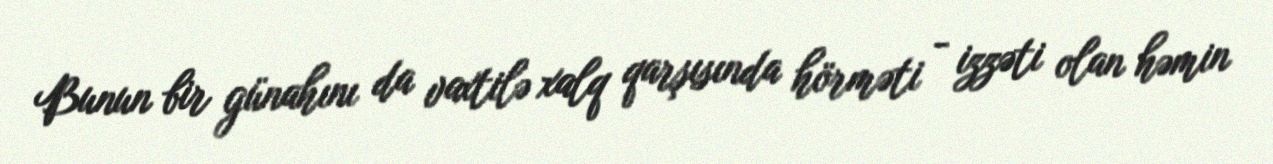
Bunun bir günahını da vaxtilə xalq qarşısında hörməti - izzəti olan həmin